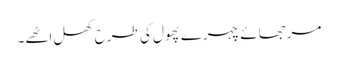
مرجھائے چہرے پھول کی طرح کھل اٹھے۔